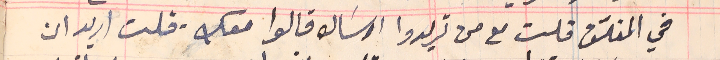
في المغلّف قلت مع من تريدوا ارسَاله قالوا معك. قلت اريد ان